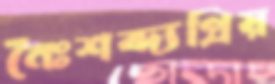
নৈঃশব্দ্যপ্রিয়